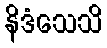
နိဒံသေသိ